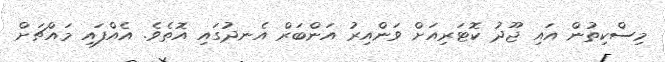
މިސްކިތުން އައި ޖޫދު ކޮޓަރިއަށް ވަންއިރު އަންބަރް އެނދުގައި އޮތެވެ. އެއްފައި މައްޗަށް